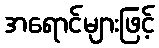
အရောင်များဖြင့်